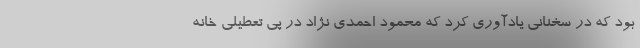
بود که در سخنانی یادآوری کرد که محمود احمدی نژاد در پی تعطیلی خانه